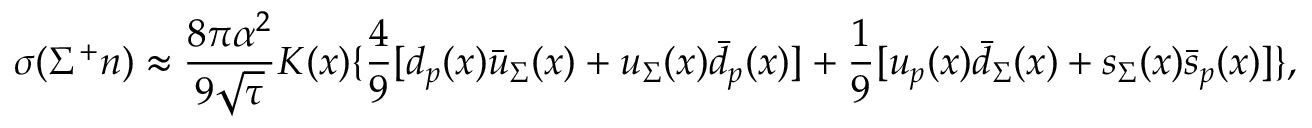
\sigma ( \Sigma ^ { + } n ) \approx \frac { 8 \pi \alpha ^ { 2 } } { 9 \sqrt { \tau } } K ( x ) \{ \frac { 4 } { 9 } [ d _ { p } ( x ) \bar { u } _ { \Sigma } ( x ) + u _ { \Sigma } ( x ) \bar { d } _ { p } ( x ) ] + \frac { 1 } { 9 } [ u _ { p } ( x ) \bar { d } _ { \Sigma } ( x ) + s _ { \Sigma } ( x ) \bar { s } _ { p } ( x ) ] \} ,